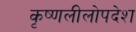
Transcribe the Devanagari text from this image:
कृष्णलीलोपदेश